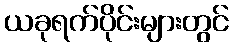
ယခုရက်ပိုင်းများတွင်